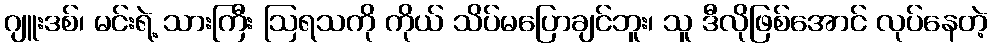
ဂျူးဒစ်၊ မင်းရဲ့ သားကြီး ဩရသကို ကိုယ် သိပ်မပြောချင်ဘူး၊ သူ ဒီလိုဖြစ်အောင် လုပ်နေတဲ့